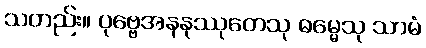
သတည်း။ ပုဗ္ဗေအနနုဿုတေသု ဓမ္မေသု သာမံ